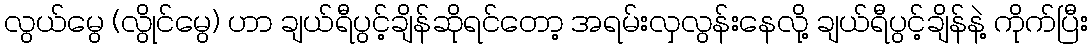
လွယ်မွေ (လွိုင်မွေ) ဟာ ချယ်ရီပွင့်ချိန်ဆိုရင်တော့ အရမ်းလှလွန်းနေလို့ ချယ်ရီပွင့်ချိန်နဲ့ ကိုက်ပြီး